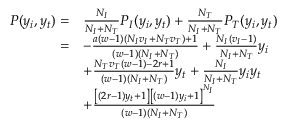
\begin{array} { r l } { P ( y _ { i } , y _ { t } ) = } & { \frac { N _ { I } } { N _ { I } + N _ { T } } P _ { I } ( y _ { i } , y _ { t } ) + \frac { N _ { T } } { N _ { I } + N _ { T } } P _ { T } ( y _ { i } , y _ { t } ) } \\ { = } & { - \frac { a ( w - 1 ) ( N _ { I } v _ { I } + N _ { T } v _ { T } ) + 1 } { ( w - 1 ) ( N _ { I } + N _ { T } ) } + \frac { N _ { I } ( v _ { I } - 1 ) } { N _ { I } + N _ { T } } y _ { i } } \\ & { + \frac { N _ { T } v _ { T } ( w - 1 ) - 2 r + 1 } { ( w - 1 ) ( N _ { I } + N _ { T } ) } y _ { t } + \frac { N _ { I } } { N _ { I } + N _ { T } } y _ { i } y _ { t } } \\ & { + \frac { \left[ ( 2 r - 1 ) y _ { t } + 1 \right] \left[ ( w - 1 ) y _ { i } + 1 \right] ^ { N _ { I } } } { ( w - 1 ) ( N _ { I } + N _ { T } ) } } \end{array}